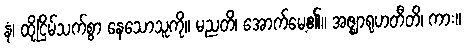
နံ၊ ထိုငြိမ်သက်စွာ နေသောသူကို။ မညတိ၊ အောက်မေ့၏။ အဇ္ဈာရုဟတီတိ၊ ကား။